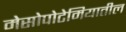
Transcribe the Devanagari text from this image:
मेसोपोटेमियातील